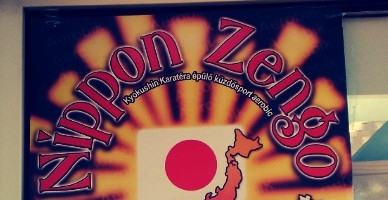
Nippon Zengo